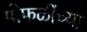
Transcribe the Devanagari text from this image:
पोफळींच्या